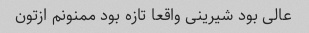
عالی بود شیرینی واقعا تازه بود ممنونم ازتون